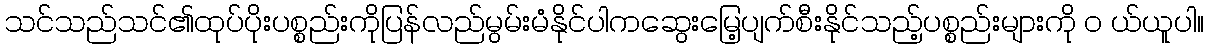
သင်သည်သင်၏ထုပ်ပိုးပစ္စည်းကိုပြန်လည်မွမ်းမံနိုင်ပါကဆွေးမြေ့ပျက်စီးနိုင်သည့်ပစ္စည်းများကို ၀ ယ်ယူပါ။